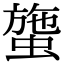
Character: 䗐